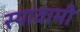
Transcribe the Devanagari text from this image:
स्यावामी